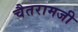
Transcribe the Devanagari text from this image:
चैतरामजी